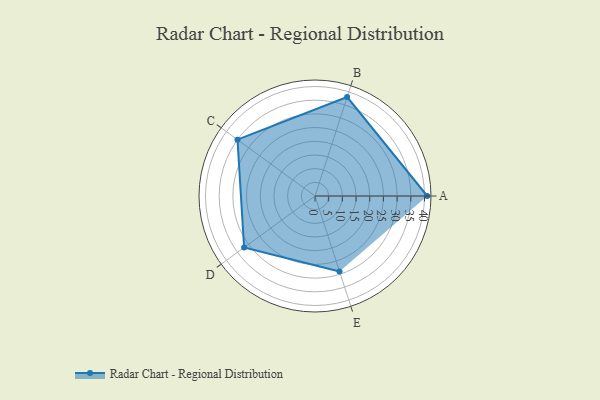
{"axis": {"x": "Skill", "y": "Score"}, "legend": ["Profile"], "data": [{"x": "A", "y": 41.0, "type": "Profile"}, {"x": "B", "y": 38.0, "type": "Profile"}, {"x": "C", "y": 35.0, "type": "Profile"}, {"x": "D", "y": 32.0, "type": "Profile"}, {"x": "E", "y": 29.0, "type": "Profile"}]}